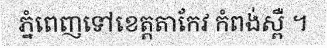
ភ្នំពេញទៅខេត្តតាកែវ កំពង់ស្ពឺ ។